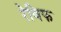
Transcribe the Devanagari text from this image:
रेबिफ